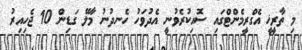
މި ތާރީޚީ އެގްރީމެންޓްގައި ސޮއިކުރެވުނީ އެދުވަހު ހެނދުނު މާލޭ ގަޑިން 10 ޖެހިއިރު